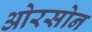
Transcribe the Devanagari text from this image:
ओरसोन